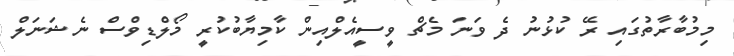
މިމުބާރާތުގައި ރޭ ކުޅުނު ދެ ވަނަ މެޗް ވީސީއެލްއިން ކާމިޔާބުކުރީ މޯލްޑިވްސް ނެޝަނަލް